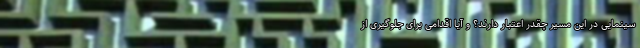
سینمایی در این مسیر چقدر اعتبار دارند؟ و آیا اقدامی برای جلوگیری از